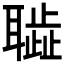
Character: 𦗮